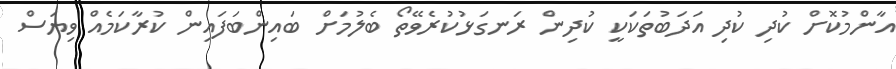
އާންމުކޮށް ކުދި ކުދި އަދަބުތަކަކީ ކުދިން ރަނގަޅުކުރެވޭތޯ ބެލުމަށް ބައިންބަފައިން ކުރާކަމެއް ވިޔަސް